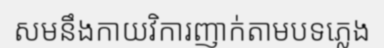
សមនឹងកាយវិការញាក់តាមបទភ្លេង